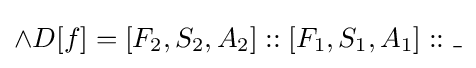
\land D[f]=[F_{2},S_{2},A_{2}]::[F_{1},S_{1},A_{1}]::\_